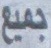
جمیع